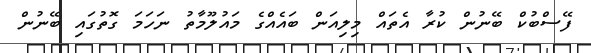
ފޭސްބުކް ބޭނުން ކުރާ އެތައް މިލިއަން ބައެއްގެ މައުލޫމާތު ނަހަމަ ގޮތުގައި ބޭނުން